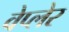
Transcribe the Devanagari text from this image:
वेप्लेर